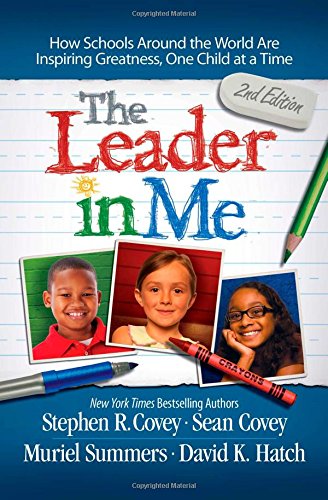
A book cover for The Leader in Me: How Schools Around the World Are Inspiring Greatness, One Child at a Time; Stephen R. Covey; Education & Teaching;